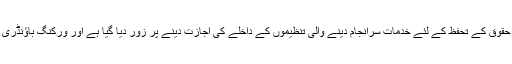
قرارداد میں خصوصی طور پر بھارت پر کشمیر میں بین الاقوامی انسانی حقوق کے تحفظ کے لئے خدمات سرانجام دینے والی تنظیموں کے داخلے کی اجازت دینے پر زور دیا گیا ہے اور ورکنگ باؤنڈری پر بھارتی سیکورٹی فورسز کی جارحیت پر تشویش کا اظہار کیا گیا ہے۔